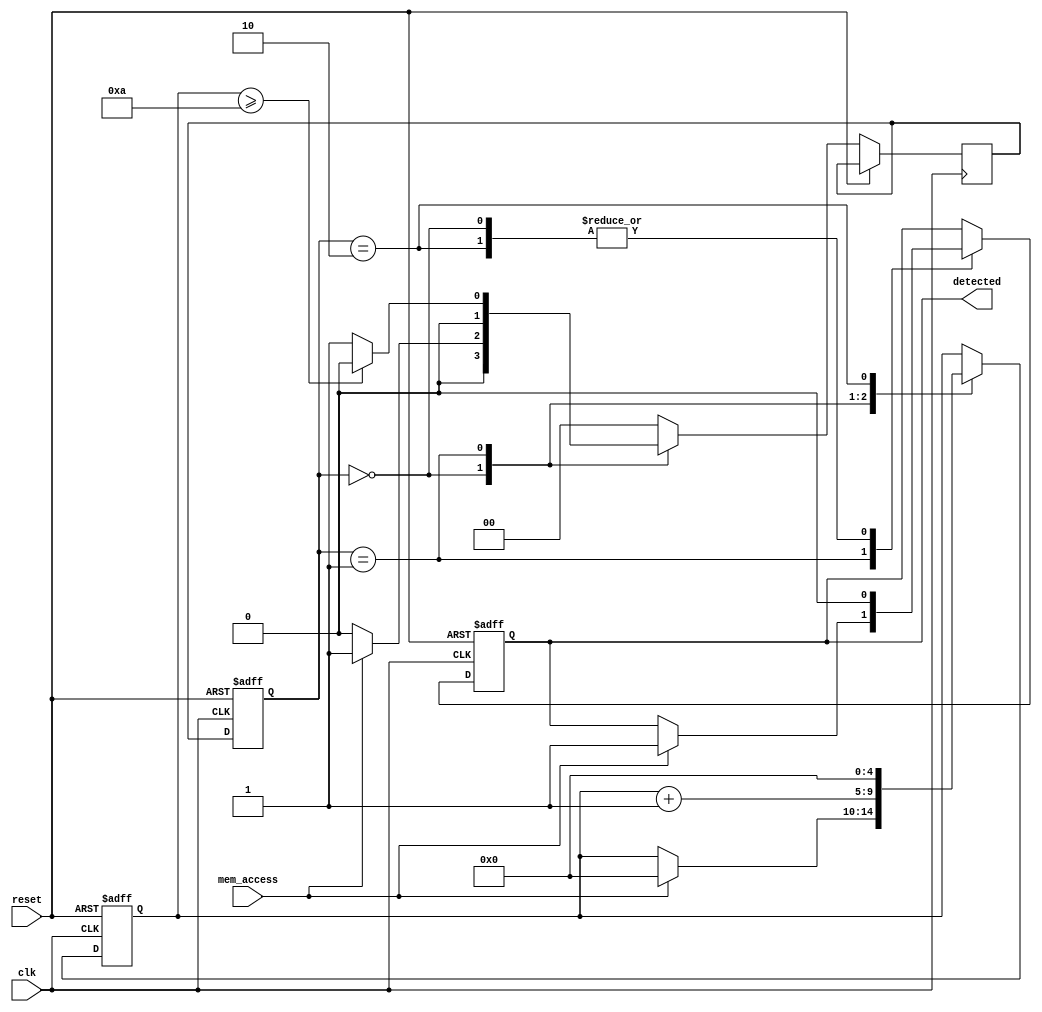
module MemoryBlocksTimeWindowDetector #(
    parameter TIME_WINDOW = 10 // Configurable time window in clock cycles
)(
    input wire clk,
    input wire reset,
    input wire mem_access,
    output reg detected
);

    // State encoding
    localparam IDLE     = 2'b00;
    localparam ACTIVE   = 2'b01;
    localparam RESET    = 2'b10;

    reg [1:0] state, next_state;
    reg [$clog2(TIME_WINDOW):0] counter; // Counter for the time window

    // State Transition
    always @(posedge clk or posedge reset) begin
        if (reset) begin
            state <= RESET;
        end else begin
            state <= next_state;
        end
    end

    // Counter and Output Logic
    always @(posedge clk or posedge reset) begin
        if (reset) begin
            counter <= 0;
            detected <= 0;
        end else begin
            case (state)
                IDLE: begin
                    detected <= 0; // Reset detected signal
                    if (mem_access) begin
                        counter <= 0; // Reset counter on memory access
                        next_state <= ACTIVE; // Move to ACTIVE state
                    end
                    else begin
                        next_state <= IDLE; // Stay in IDLE
                    end
                end

                ACTIVE: begin
                    counter <= counter + 1; // Increment counter
                    if (mem_access) begin
                        detected <= 1; // Set detected high if another access occurs
                    end
                    if (counter >= TIME_WINDOW) begin
                        next_state <= IDLE; // Move back to IDLE after time window exceeded
                    end else begin
                        next_state <= ACTIVE; // Stay in ACTIVE state
                    end
                end

                RESET: begin
                    counter <= 0; // Reset counter
                    detected <= 0; // Reset detected signal
                    next_state <= IDLE; // Move back to IDLE
                end

                default: next_state <= IDLE; // Default case
            endcase
        end
    end

endmodule